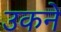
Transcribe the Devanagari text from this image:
उकने